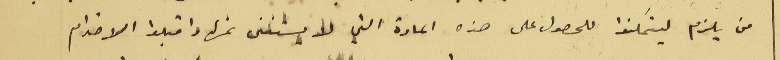
من يلزم ليتمكنوا للحصول على هذه المادة التي لا يستغنى عنها واقبلوا الاحترام